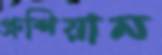
প্রুশিয়ান